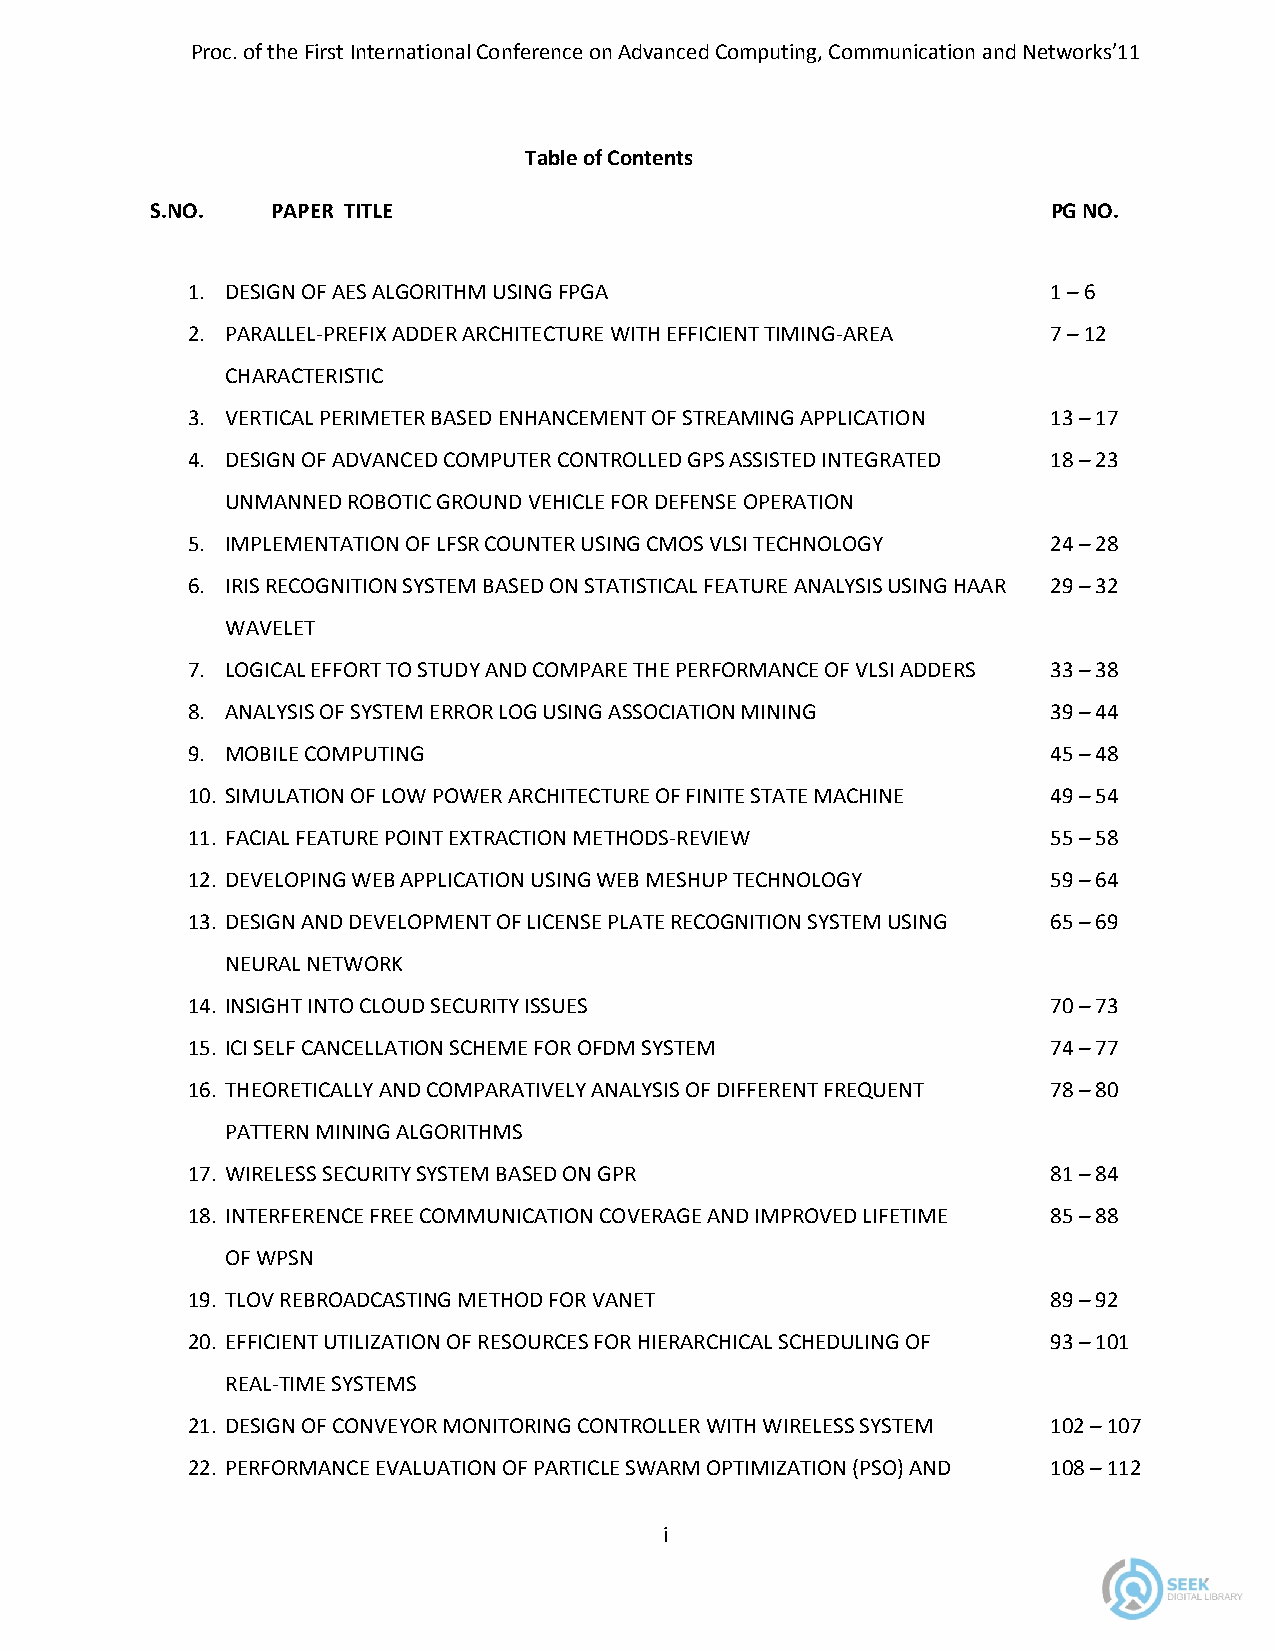
Proc. of the First International Conference on Advanced Computing, Communication and Networks’11
 Table of Contents
 S.NO.   PAPER TITLE                                         PG NO.
 1. DESIGN OF AES ALGORITHM USING FPGA                     1 – 6
 2. PARALLEL-PREFIX ADDER ARCHITECTURE WITH EFFICIENT TIMING-AREA 7 – 12
 CHARACTERISTIC
 3. VERTICAL PERIMETER BASED ENHANCEMENT OF STREAMING APPLICATION 13 – 17
 4. DESIGN OF ADVANCED COMPUTER CONTROLLED GPS ASSISTED INTEGRATED 18 – 23
 UNMANNED ROBOTIC GROUND VEHICLE FOR DEFENSE OPERATION
 5. IMPLEMENTATION OF LFSR COUNTER USING CMOS VLSI TECHNOLOGY 24 – 28
 6. IRIS RECOGNITION SYSTEM BASED ON STATISTICAL FEATURE ANALYSIS USING HAAR 29 – 32
 WAVELET
 7. LOGICAL EFFORT TO STUDY AND COMPARE THE PERFORMANCE OF VLSI ADDERS 33 – 38
 8. ANALYSIS OF SYSTEM ERROR LOG USING ASSOCIATION MINING  39 – 44
 9. MOBILE COMPUTING                                       45 – 48
 10. SIMULATION OF LOW POWER ARCHITECTURE OF FINITE STATE MACHINE 49 – 54
 11. FACIAL FEATURE POINT EXTRACTION METHODS-REVIEW        55 – 58
 12. DEVELOPING WEB APPLICATION USING WEB MESHUP TECHNOLOGY 59 – 64
 13. DESIGN AND DEVELOPMENT OF LICENSE PLATE RECOGNITION SYSTEM USING 65 – 69
 NEURAL NETWORK
 14. INSIGHT INTO CLOUD SECURITY ISSUES                    70 – 73
 15. ICI SELF CANCELLATION SCHEME FOR OFDM SYSTEM          74 – 77
 16. THEORETICALLY AND COMPARATIVELY ANALYSIS OF DIFFERENT FREQUENT 78 – 80
 PATTERN MINING ALGORITHMS
 17. WIRELESS SECURITY SYSTEM BASED ON GPR                 81 – 84
 18. INTERFERENCE FREE COMMUNICATION COVERAGE AND IMPROVED LIFETIME 85 – 88
 OF WPSN
 19. TLOV REBROADCASTING METHOD FOR VANET                  89 – 92
 20. EFFICIENT UTILIZATION OF RESOURCES FOR HIERARCHICAL SCHEDULING OF 93 – 101
 REAL-TIME SYSTEMS
 21. DESIGN OF CONVEYOR MONITORING CONTROLLER WITH WIRELESS SYSTEM 102 – 107
 22. PERFORMANCE EVALUATION OF PARTICLE SWARM OPTIMIZATION (PSO) AND 108 – 112
 i